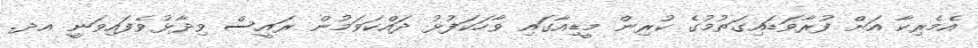
އެމެރިކާ އަށް ފުރާވަޑައިގަތުމުގެ ކުރިން މީޑިއާގައި ވާހަކަފުޅު ދައްކަވަމުން ރައީސް ވިދާޅުވެފައިވަނީ އދ.